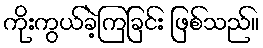
ကိုးကွယ်ခဲ့ကြခြင်း ဖြစ်သည်။